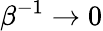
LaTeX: \beta^{-1}\rightarrow 0